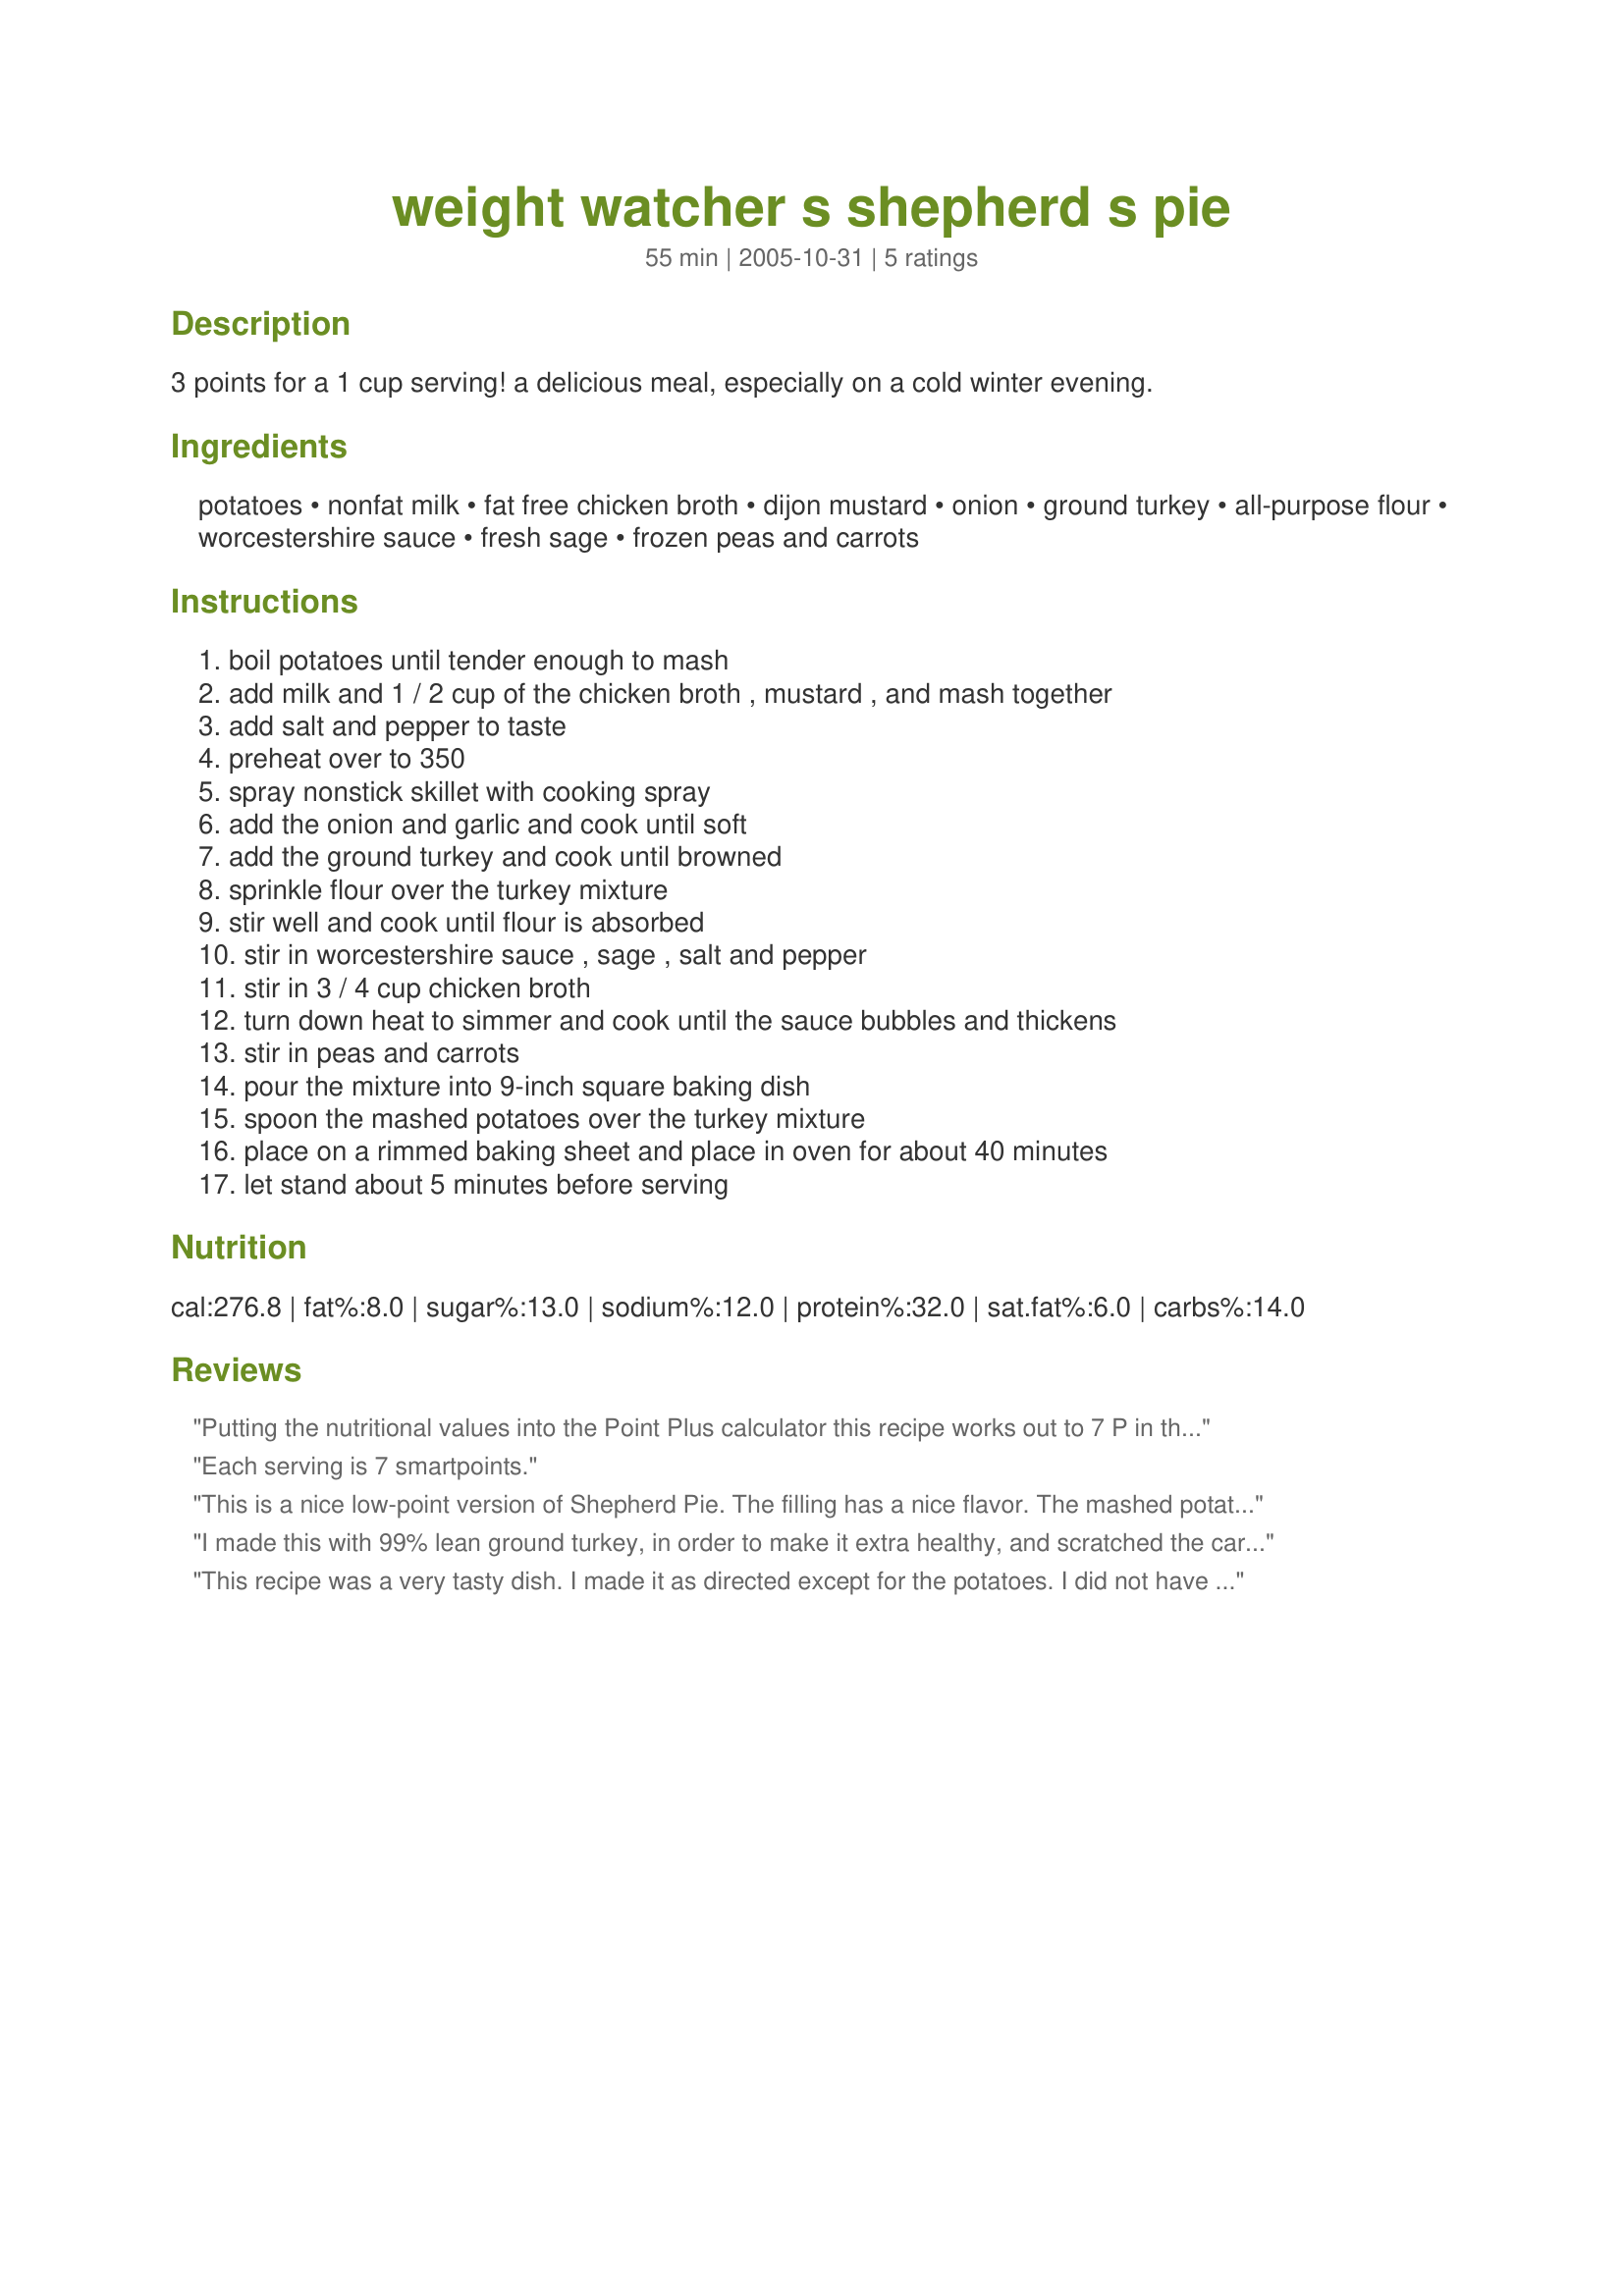
weight watcher s shepherd s pie
Preparation time: 55 minutes

3 points for a 1 cup serving! a delicious meal, especially on a cold winter evening.

Ingredients:
potatoes, nonfat milk, fat free chicken broth, dijon mustard, onion, ground turkey, all-purpose flour, worcestershire sauce, fresh sage, frozen peas and carrots

Steps:
boil potatoes until tender enough to mash, add milk and 1 / 2 cup of the chicken broth , mustard , and mash together, add salt and pepper to taste, preheat over to 350, spray nonstick skillet with cooking spray, add the onion and garlic and cook until soft, add the ground turkey and cook until browned, sprinkle flour over the turkey mixture, stir well and cook until flour is absorbed, stir in worcestershire sauce , sage , salt and pepper, stir in 3 / 4 cup chicken broth, turn down heat to simmer and cook until the sauce bubbles and thickens, stir in peas and carrots, pour the mixture into 9-inch square baking dish, spoon the mashed potatoes over the turkey mixture, place on a rimmed baking sheet and place in oven for about 40 minutes, let stand about 5 minutes before serving

Reviews:
Putting the nutritional values into the Point Plus calculator this recipe works out to 7 P in the new weight watchers 360 program - 1/2 a serving would be 3 points
Each serving is 7 smartpoints.
This is a nice low-point version of Shepherd Pie. The filling has a nice flavor. The mashed potatoes were a little more bland than what we are used to so, not wanting to add points, I increased the mustard and added some horseradish to the potatoes. I also did not peel my potatoes - I never do. This recipe definitely has potential, we will try it again.
I made this with 99% lean ground turkey, in order to make it extra healthy, and scratched the carrots and just used peas. It came out delicious, although it was a tad bit bland and the meat mixture was a teeny bit too dry for my taste. I tasted the meat mixture before I popped the whole thing in the oven and it was amazing and VERY juicy. Soo, I am thinking the reason for the dryness is from cooking for 40 minutes in the oven, and I am definitely going to make this recipe again next week and try cooking it in the oven for only about 20-25 minutes. Thanks so much for this great recipe, Diamonds!
This recipe was a very tasty dish. I made it as directed except for the potatoes. I did not have any in the house so had to use instant which I made with chicken broth and some garlic powder. I notice that there was no garlic listed in ingredients but the directions called for it so I put in a clove as figured that would satify my crowd and it was a big hit. It will be made often in this house. thanks so much for posting it
